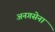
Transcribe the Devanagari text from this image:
अनगसेना